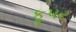
કૂપર